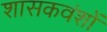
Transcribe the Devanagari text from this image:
शासकवंशों